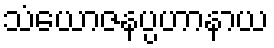
သံယောဇနပ္ပဟာနာယ